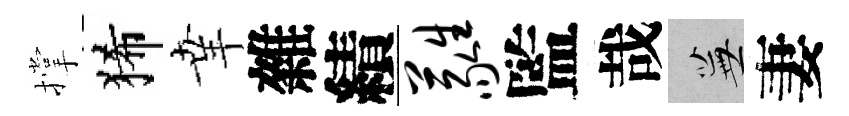
撑狶𦍒雜績蕤監哉蕪妻